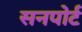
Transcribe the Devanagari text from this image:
सनपोर्ट